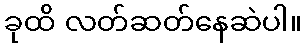
ခုထိ လတ်ဆတ်နေဆဲပါ။